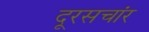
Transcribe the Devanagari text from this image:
दूरसचांर